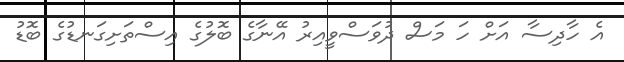
އެ ހާދިސާ އަށް ހަ މަސް ދުވަސްވީއިރު އޭނާގެ ބޮލުގެ އިސްތަށިގަނޑުގެ ބޮޑު